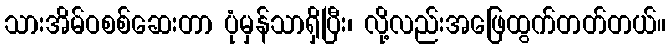
သားအိမ်ဝစစ်ဆေးတာ ပုံမှန်သာရှိပြီး၊ လို့လည်းအဖြေထွက်တတ်တယ်။